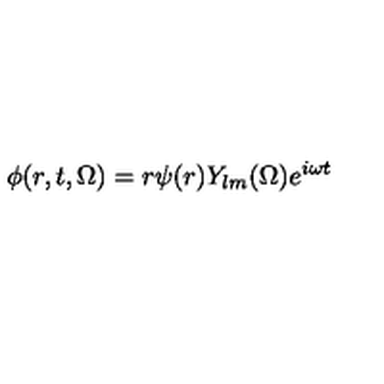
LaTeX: \phi ( r , t , \Omega ) = r \psi ( r ) Y _ { l m } ( \Omega ) e ^ { i \omega t }